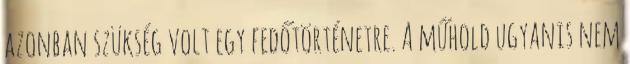
azonban szükség volt egy fedőtörténetre. A műhold ugyanis nem